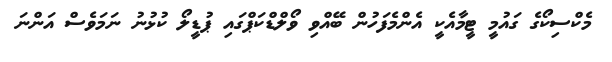
މެކްސިކޯގެ ގައުމީ ޓީމާއެކީ އެންމެފަހުން ބޭއްވި ވޯލްޑްކަޕްގައި ޕުޑީލޯ ކުޅުނު ނަމަވެސް އަންނަ